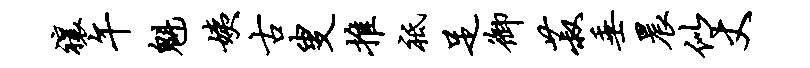
禳午魁姨古叟推祗足御菽垂晨似丈